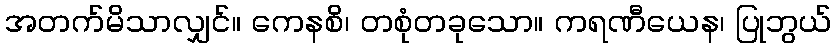
အတက်မိသာလျှင်။ ကေနစိ၊ တစုံတခုသော။ ကရဏီယေန၊ ပြုဘွယ်